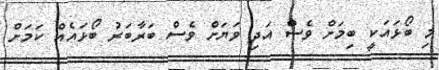
މި ބޯޅައަކީ ބިމަށް ވެސް އަދި ވަޔަށް ވެސް ބަރާބަރު ބޯޅައެއް ކަމަށް